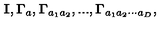
{ \bf I } , { \bf \Gamma } _ { a } , { \bf \Gamma } _ { a _ { 1 } a _ { 2 } } , . . . , { \bf \Gamma } _ { a _ { 1 } a _ { 2 } \cdot \cdot \cdot a _ { D } } ,